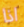
اذا